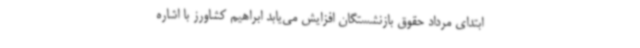
ابتدای مرداد حقوق بازنشستگان افزایش می‌یابد ابراهیم کشاورز با اشاره